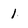
Character: 1